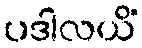
ပဒါလယိံ